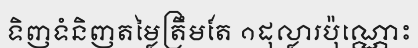
ទិញទំនិញតម្លៃត្រឹមតែ ១ដុល្លារប៉ុណ្ណោះ